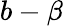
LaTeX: b-\beta